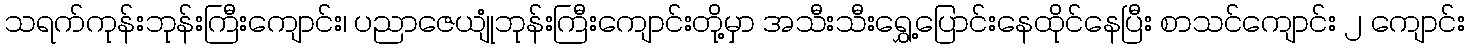
သရက်ကုန်းဘုန်းကြီးကျောင်း၊ ပညာဇေယျုံဘုန်းကြီးကျောင်းတို့မှာ အသီးသီးရွှေ့ပြောင်းနေထိုင်နေပြီး စာသင်ကျောင်း ၂ ကျောင်း